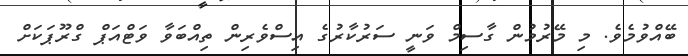
ބޭއްވުމެވެ. މި މޭރުމުން ގާސިމް ވަނީ ސަރުކާރުގެ އިސްވެރިން ތިއްބަވާ ވަޓްއަޕް ގްރޫޕަކަށް